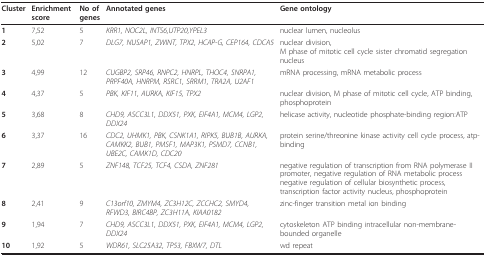
| Cluster | Enrichment score | No of genes | Annotated genes | Gene ontology |
 | --- | --- | --- | --- | --- |
 | 1 | 7,52 | 5 | KRR1, NOC2L, INTS6,UTP20,YPEL3 | nuclear lumen, nucleolus |
 | 2 | 5,02 | 7 | DLG7, NUSAP1, ZWINT, TPX2, HCAP-G, CEP164, CDCA5 | nuclear division,M phase of mitotic cell cycle sister chromatid segregation nucleus |
 | 3 | 4,99 | 12 | CUGBP2, SRP46, RNPC2, HNRPL, THOC4, SNRPA1, PRPF40A, HNRPM, RSRC1, SRRM1, TRA2A, U2AF1 | mRNA processing, mRNA metabolic process |
 | 4 | 4,37 | 5 | PBK, KIF11, AURKA, KIF15, TPX2 | nuclear division, M phase of mitotic cell cycle, ATP binding, phosphoprotein |
 | 5 | 3,68 | 8 | CHD9, ASCC3L1, DDX51, PXK, EIF4A1, MCM4, LGP2, DDX24 | helicase activity, nucleotide phosphate-binding region:ATP |
 | 6 | 3,37 | 16 | CDC2, UHMK1, PBK, CSNK1A1, RIPK5, BUB1B, AURKA, CAMKK2, BUB1, PMSF1, MAP3K1, PSMD7, CCNB1, UBE2C, CAMK1D, CDC20 | protein serine/threonine kinase activity cell cycle process, atp-binding |
 | 7 | 2,89 | 5 | ZNF148, TCF25, TCF4, CSDA, ZNF281 | negative regulation of transcription from RNA polymerase II promoter, negative regulation of RNA metabolic process negative regulation of cellular biosynthetic process, transcription factor activity nucleus, phosphoprotein |
 | 8 | 2,41 | 9 | C13orf10, ZMYM4, ZC3H12C, ZCCHC2, SMYD4, RFWD3, BIRC4BP, ZC3H11A, KIAA0182 | zinc-finger transition metal ion binding |
 | 9 | 1,94 | 7 | CHD9, ASCC3L1, DDX51, PXK, EIF4A1, MCM4, LGP2, DDX24 | cytoskeleton ATP binding intracellular non-membrane-bounded organelle |
 | 10 | 1,92 | 5 | WDR61, SLC25A32, TP53, FBXW7, DTL | wd repeat |